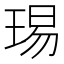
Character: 㻛